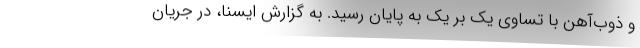
و ذوب‌آهن با تساوی یک بر یک به پایان رسید. به گزارش ایسنا، در جریان